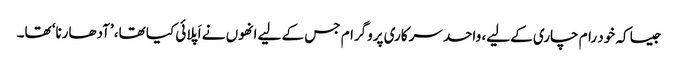
جیسا کہ خود رام چاری کے لیے، واحد سرکاری پروگرام جس کے لیے انھوں نے اَپلائی کیا تھا، ’آدھارنا‘ تھا۔